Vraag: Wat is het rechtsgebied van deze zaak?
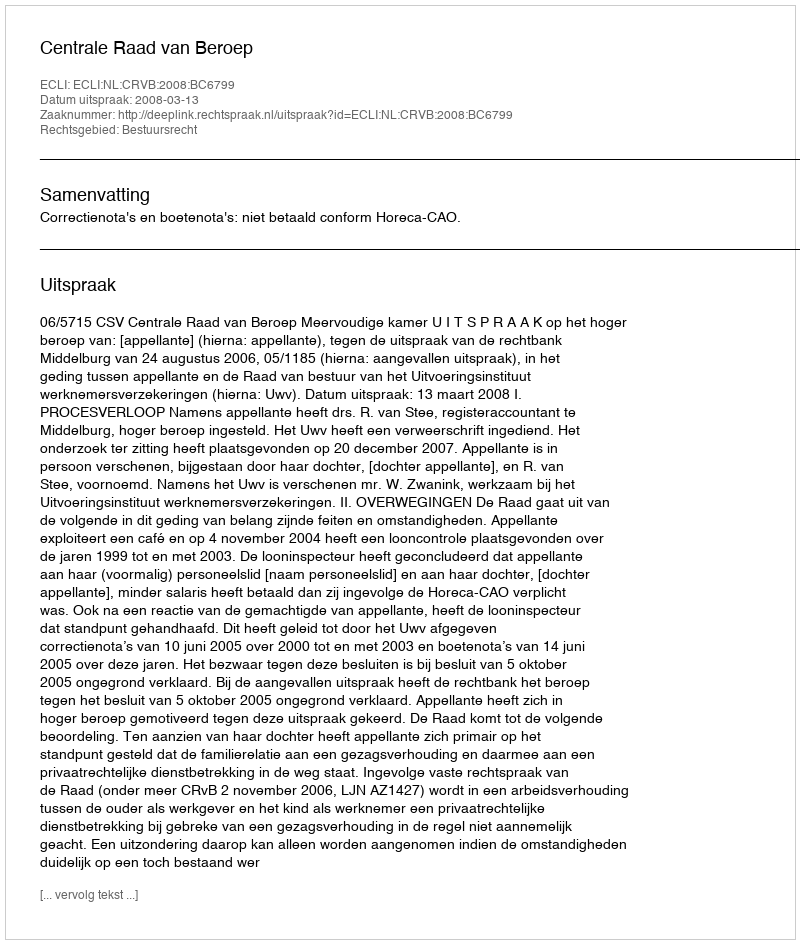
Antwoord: Bestuursrecht